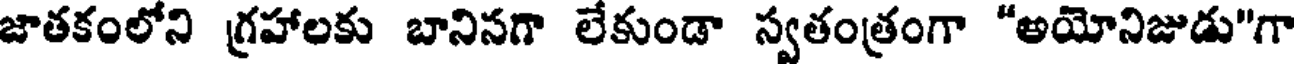
జాతకంలోని గ్రహాలకు బానినగా లేకుండా స్వతంత్రంగా "అయోనిజుడు"గా